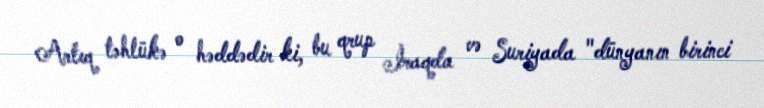
Artıq təhlükə o həddədir ki, bu qrup İraqda və Suriyada "dünyanın birinci